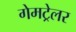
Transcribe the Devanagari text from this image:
गेमट्रेलर